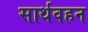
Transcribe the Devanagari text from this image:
सार्थवहन